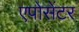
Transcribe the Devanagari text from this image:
एपोसेंटर